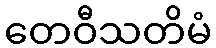
တေဝီသတိမံ